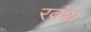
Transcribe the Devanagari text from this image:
रवंथ